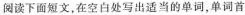
阅读下面短文,在空白处写出适当的单词,单词首